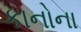
કાનોના